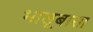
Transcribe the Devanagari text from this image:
भालूबासा